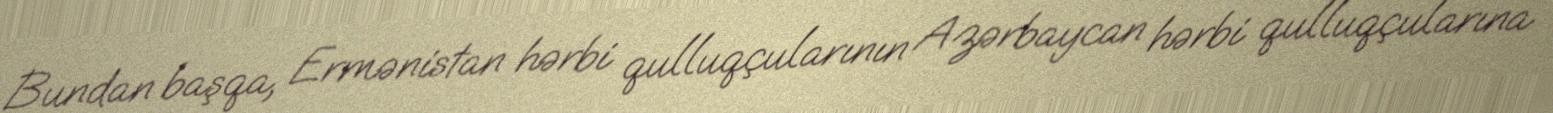
Bundan başqa, Ermənistan hərbi qulluqçularının Azərbaycan hərbi qulluqçularına